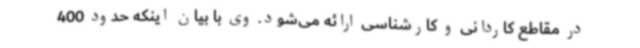
در مقاطع کاردانی و کارشناسی ارائه می‌شود. وی با بیان اینکه حدود 400